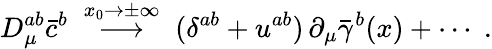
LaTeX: D_{\mu}^{ab}\bar{c}^{b}\; \stackrel{x_{0}\to\pm\infty}{\longrightarrow}\; (\delta^{ab}+u^{ab})\, \partial_{\mu}\bar{\gamma}^{b}(x)+\cdots\; .